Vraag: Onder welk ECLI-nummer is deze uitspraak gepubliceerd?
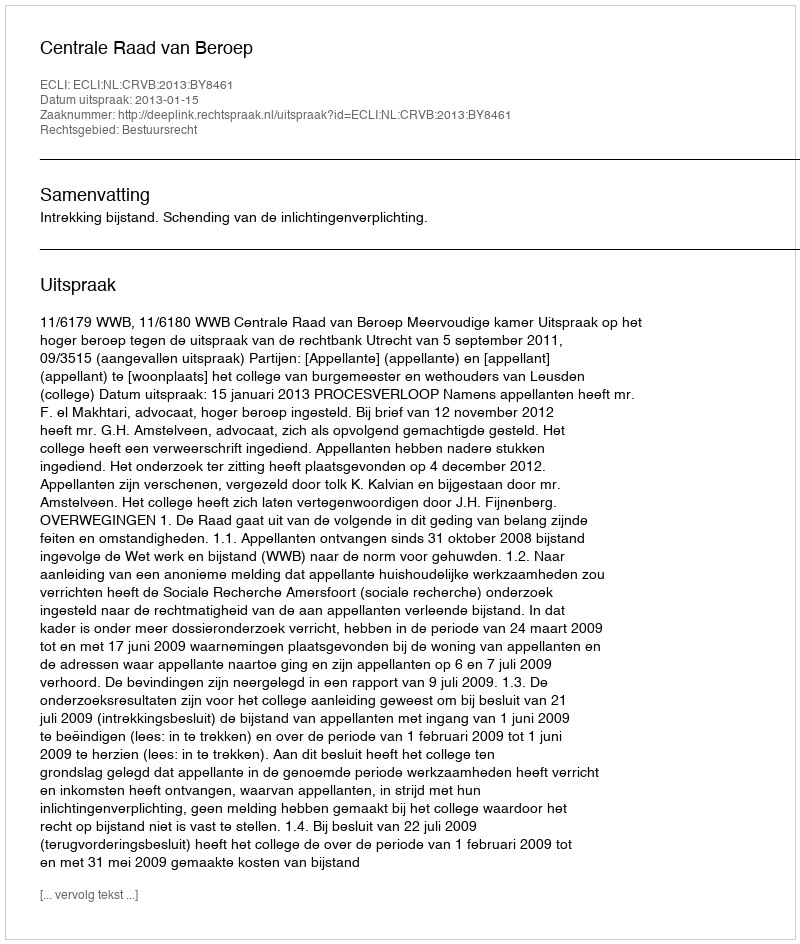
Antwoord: ECLI:NL:CRVB:2013:BY8461